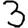
Digit: 3